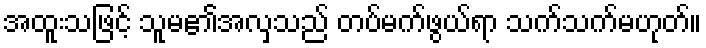
အထူးသဖြင့် သူမ၏အလှသည် တပ်မက်ဖွယ်ရာ သက်သက်မဟုတ်။